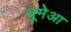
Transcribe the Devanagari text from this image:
यूमेआ